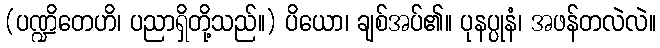
(ပဏ္ဍိတေဟိ၊ ပညာရှိတို့သည်။) ပိယော၊ ချစ်အပ်၏။ ပုနပ္ပုနံ၊ အဖန်တလဲလဲ။